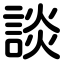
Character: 談